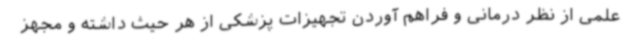
علمی از نظر درمانی و فراهم آوردن تجهیزات پزشکی از هر حیث داشته و مجهز